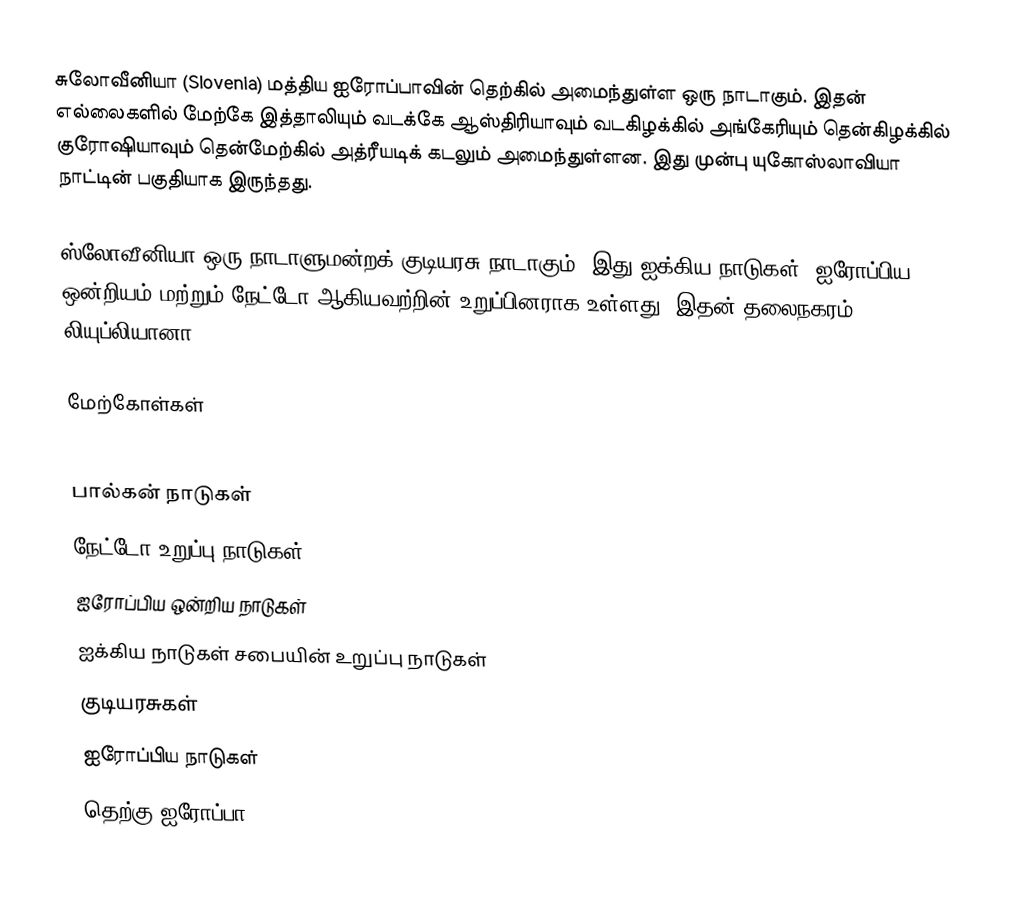
சுலோவீனியா (Slovenia) மத்திய ஐரோப்பாவின் தெற்கில் அமைந்துள்ள  ஒரு நாடாகும். இதன் எல்லைகளில் மேற்கே இத்தாலியும் வடக்கே ஆஸ்திரியாவும் வடகிழக்கில் அங்கேரியும் தென்கிழக்கில் குரோஷியாவும் தென்மேற்கில் அத்ரீயடிக் கடலும் அமைந்துள்ளன. இது முன்பு யுகோஸ்லாவியா நாட்டின் பகுதியாக இருந்தது.

ஸ்லோவீனியா ஒரு நாடாளுமன்றக் குடியரசு நாடாகும். இது ஐக்கிய நாடுகள், ஐரோப்பிய ஒன்றியம் மற்றும் நேட்டோ ஆகியவற்றின் உறுப்பினராக உள்ளது. இதன் தலைநகரம் லியுப்லியானா.

மேற்கோள்கள்

பால்கன் நாடுகள்
நேட்டோ உறுப்பு நாடுகள்
ஐரோப்பிய ஒன்றிய நாடுகள்
ஐக்கிய நாடுகள் சபையின் உறுப்பு நாடுகள்
குடியரசுகள்
ஐரோப்பிய நாடுகள்
தெற்கு ஐரோப்பா